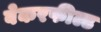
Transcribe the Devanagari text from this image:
बेकरफील्ड